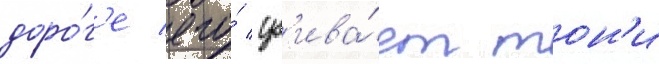
доро́г'е его́ уб'ива́ет тон'и